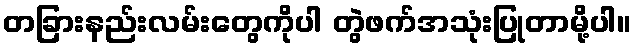
တခြားနည်းလမ်းတွေကိုပါ တွဲဖက်အသုံးပြုတာမို့ပါ။